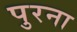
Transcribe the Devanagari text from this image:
पुरना